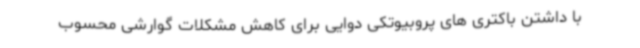
با داشتن باکتری های پروبیوتکی دوایی برای کاهش مشکلات گوارشی محسوب